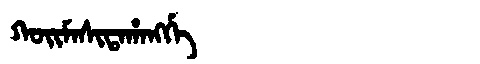
Manchu: ᡴᠣᡳᠮᠠᠰᡳᡨᠠᡥᠠᠩᡤᡝ
Romanization: KOIMASITAHANGGE